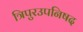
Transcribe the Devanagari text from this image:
त्रिपुरउपनिषद